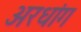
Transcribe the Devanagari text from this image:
अरधांग